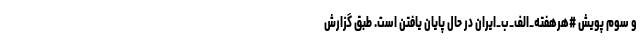
و سوم پویش #هرهفته_الف_ب_ایران در حال پایان یافتن است. طبق ‌گزارش